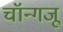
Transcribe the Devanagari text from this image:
चॉन्गजू